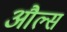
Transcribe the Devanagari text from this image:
औल्स